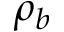
\rho _ { b }